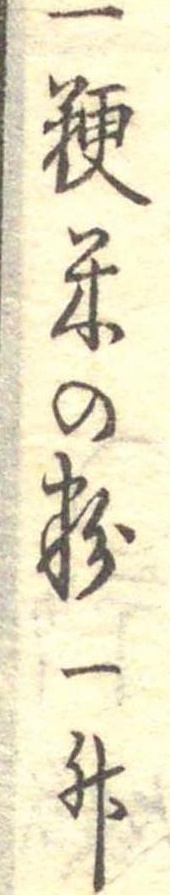
一粳米の粉一升